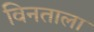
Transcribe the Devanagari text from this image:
विनताला